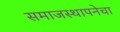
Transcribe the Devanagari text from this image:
समाजस्थापनेचा